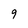
Character: 9